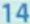
14